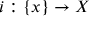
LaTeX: i : \{ x \} \to X